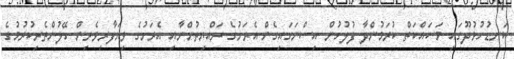
ކަނޑުހުޅުދޫގައި މަސައްކަތް ކުރަމުންދާ ފުލުހުން އިސްނަގައިގެން އެރަށުގެ ރައްޔިތުންނާއި އެރަށުގެ ވިޔަފާރިވެރިން ހޭލުންތެރިކުރުމުގެ